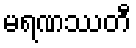
မရဏဿတီ